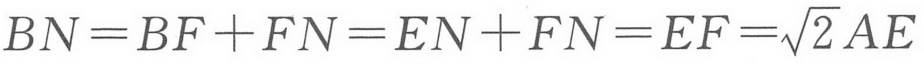
\(BN = BF + FN=EN + FN = EF=\sqrt{2}AE\)